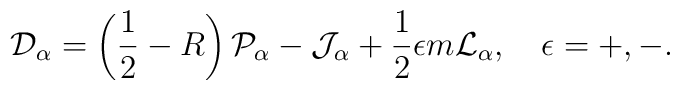
{\cal D}_\alpha=\left(\frac{1}{2}-R\right){\cal P}_\alpha-{\cal J}_\alpha+\frac{1}{2}\epsilon m{\cal L}_\alpha,\quad\epsilon=+,-.